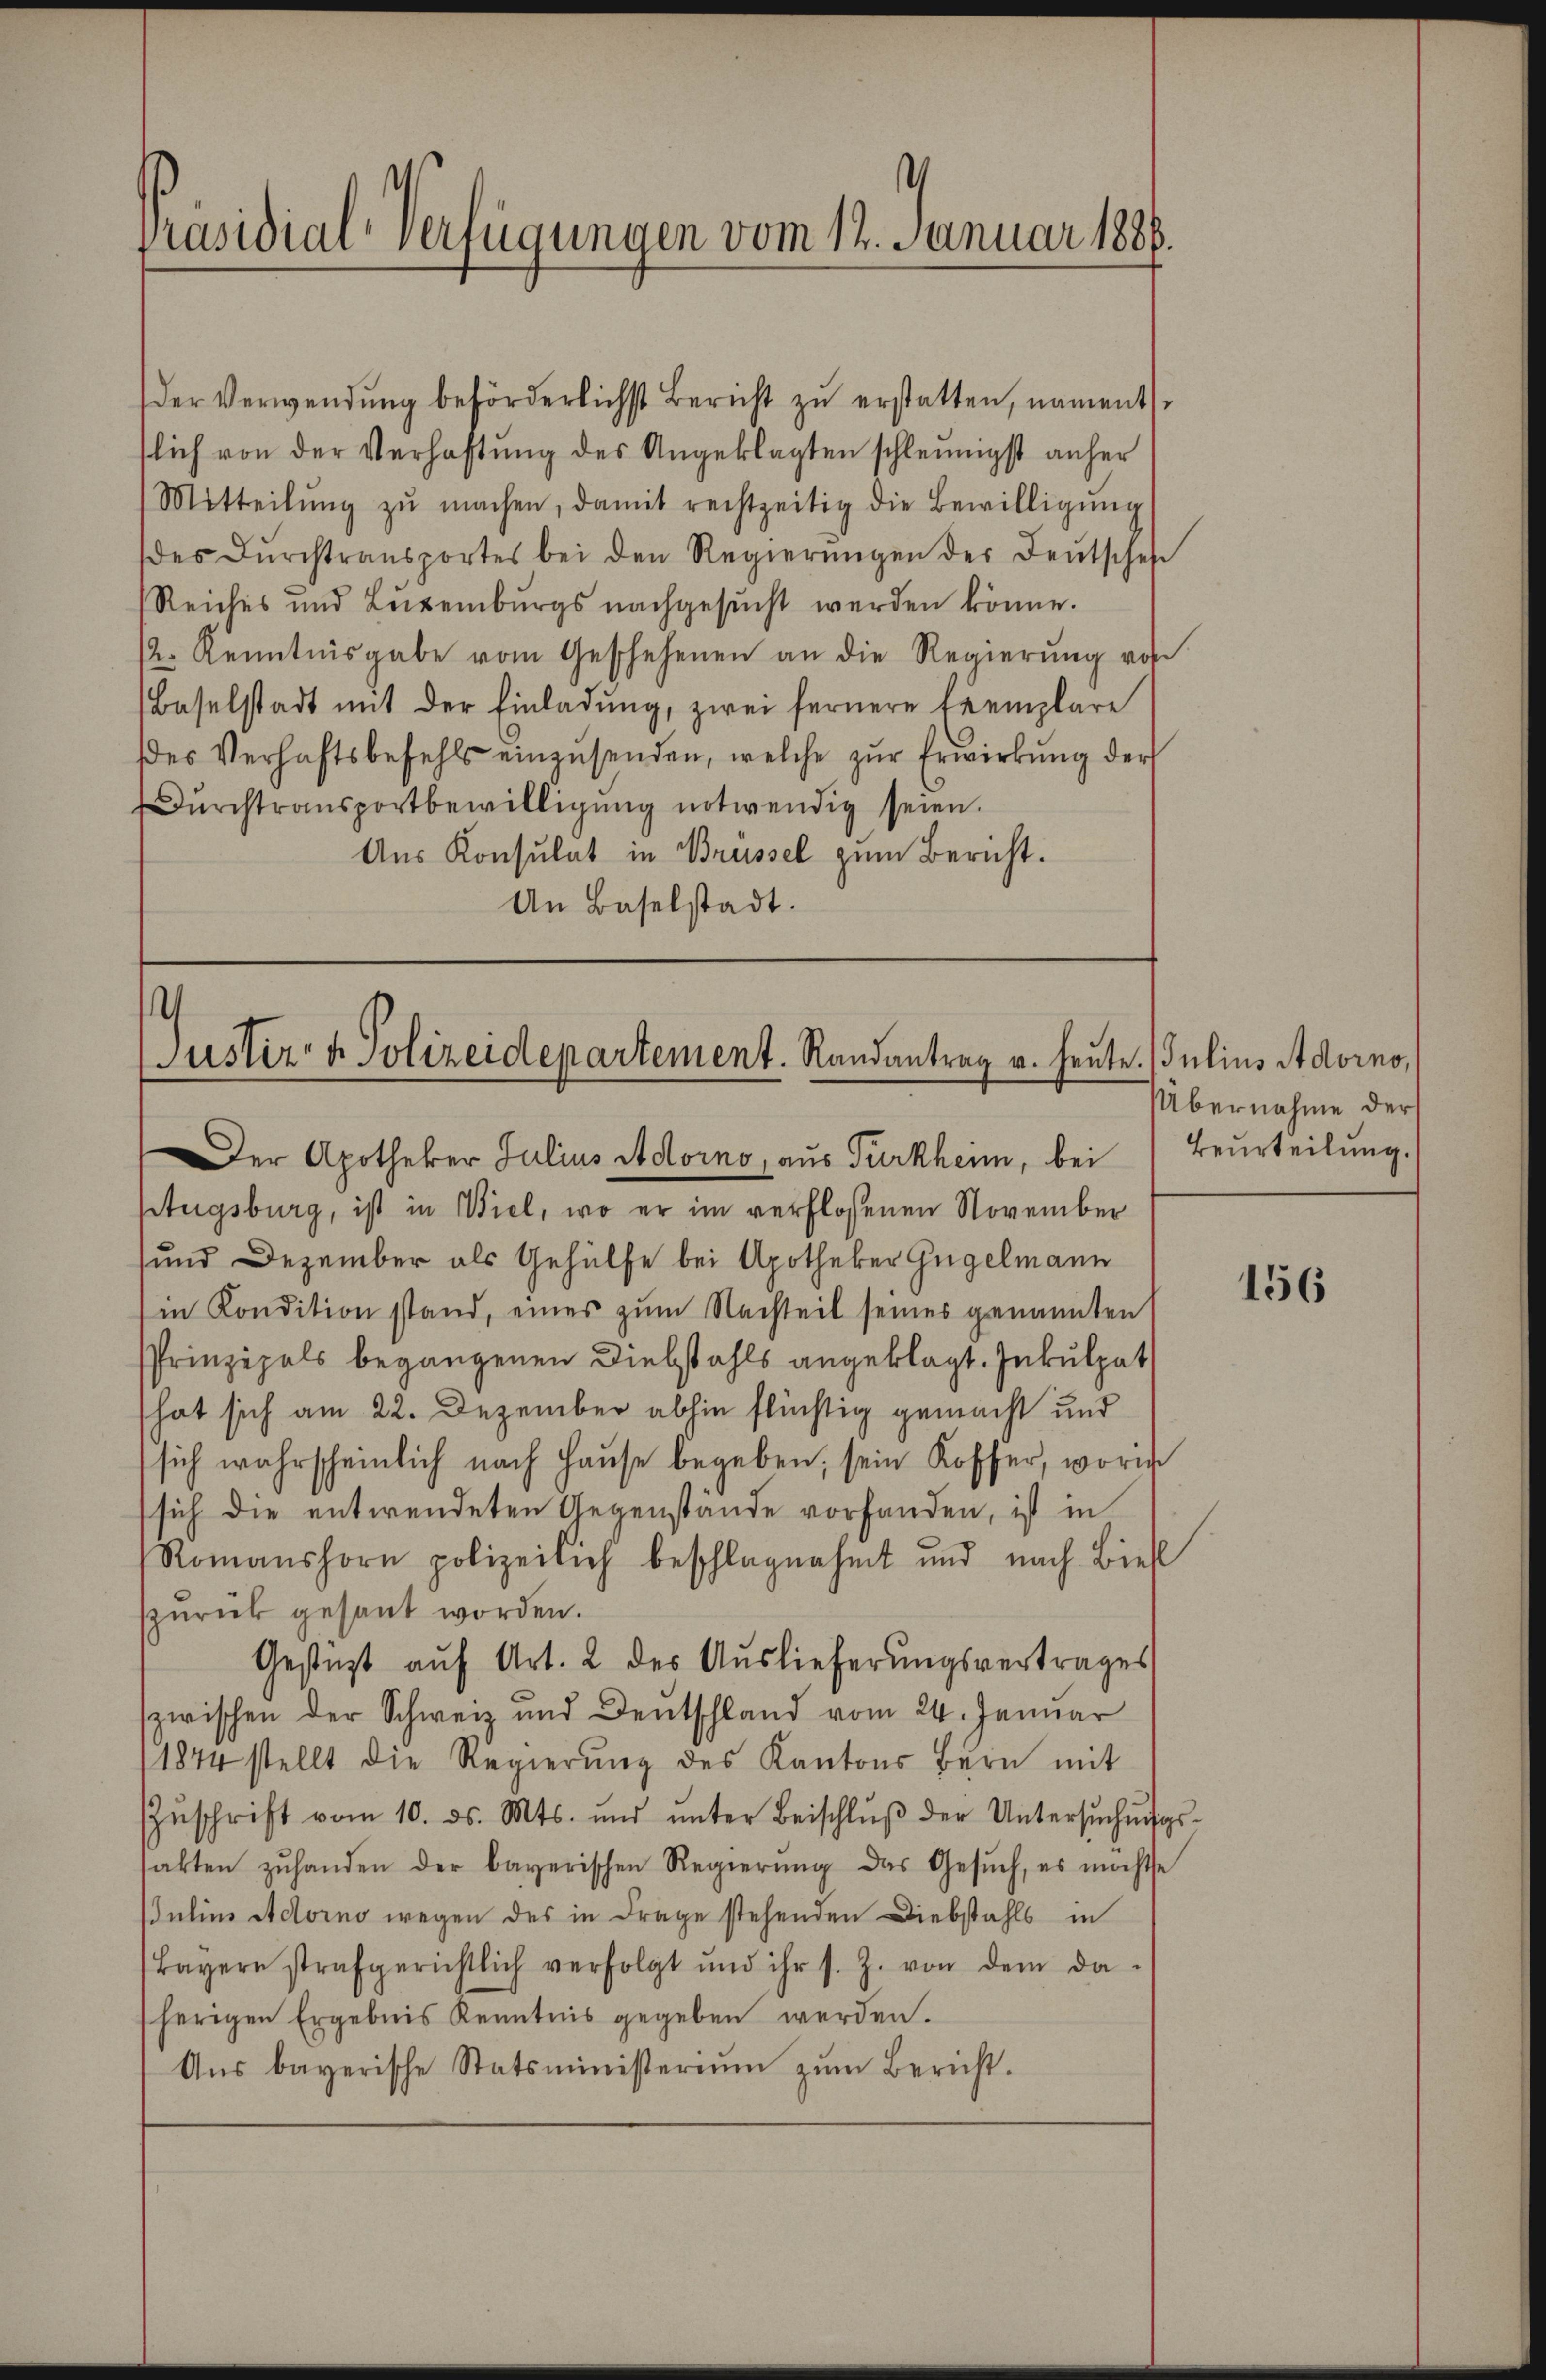
Der Verwendung beförderlichst Bericht zu erstatten, naments
slich von der Verhaftung des Angeklagten schleunigst anher
Mitteilŭng zŭ machen, damit rechtzeitig die Bewilligŭng
(des Dŭrchtransportes bei den Regierŭngen der Deutschef
Reiches und Luxenburgs nachgesŭcht werden könne.
/2. Kenntnisgabe vom Geschehenen an die Regierung von
Baselstadt mit der Einladŭng, zwei fernere Exemplare
es Verhaftsbefehls einzusenden, welche zur Erwirkung der
Dŭrchtransportbewilligung notwendig seien.
Aus Konsulat in Brüssel zum Bericht.
An Baselstadt.

Präsidial-Verfügungen vom 12. Januar 1886.

Justiz & Polizeidepartement. Randantrag v. heute. Julius Adorno,
Der Apotheker Julius Adorno, aus Türkheim, bei Beurteilŭng.

Stugsburg, ist in Viel, wo er im verflossenen November
und Dezember als Gehülfe bei Apotheker Gugelmann
in Kondition stand, eines zŭm Nachteil seines genannten
Prinzipals begangenen Diebstahls angeklagt. Inkulpat
hat sich am 22. Dezember abhin flüchtig gemacht und
sich wahrscheinlich nach Hause begeben; sein Koffer, worin
sich die entwendeten Gegenstände vorhanden, ist in
Romanshorn polizeilich beschlagnahmt und nach Bieß
zurück gesant worden.
Gestüzt auf Art. 2 des Auslieferungsvertrages
zwischen der Schweiz und Deutschland vom 24. Januar
1844 stellt die Regierŭng des Kantons Bern mit
Zŭschrift vom 10. ds. Mts. und ŭnter Beischlŭβ der Untersŭchŭngs-
sakten zŭ handen der bayerischen Regierŭng das Gesŭch, es möchte
JJulius Actorno wegen des in Frage stehenden Diebstahls in
Bayern strafgerichtlich verfolgt und ihr s. Z. von dem da-
herigen Ergebnis Kenntnis gegeben werden.
Aŭs bayerische Statsministeriŭm zŭm Bericht.

Übernahme der

156